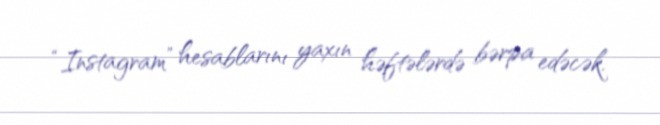
“Instagram” hesablarını yaxın həftələrdə bərpa edəcək.